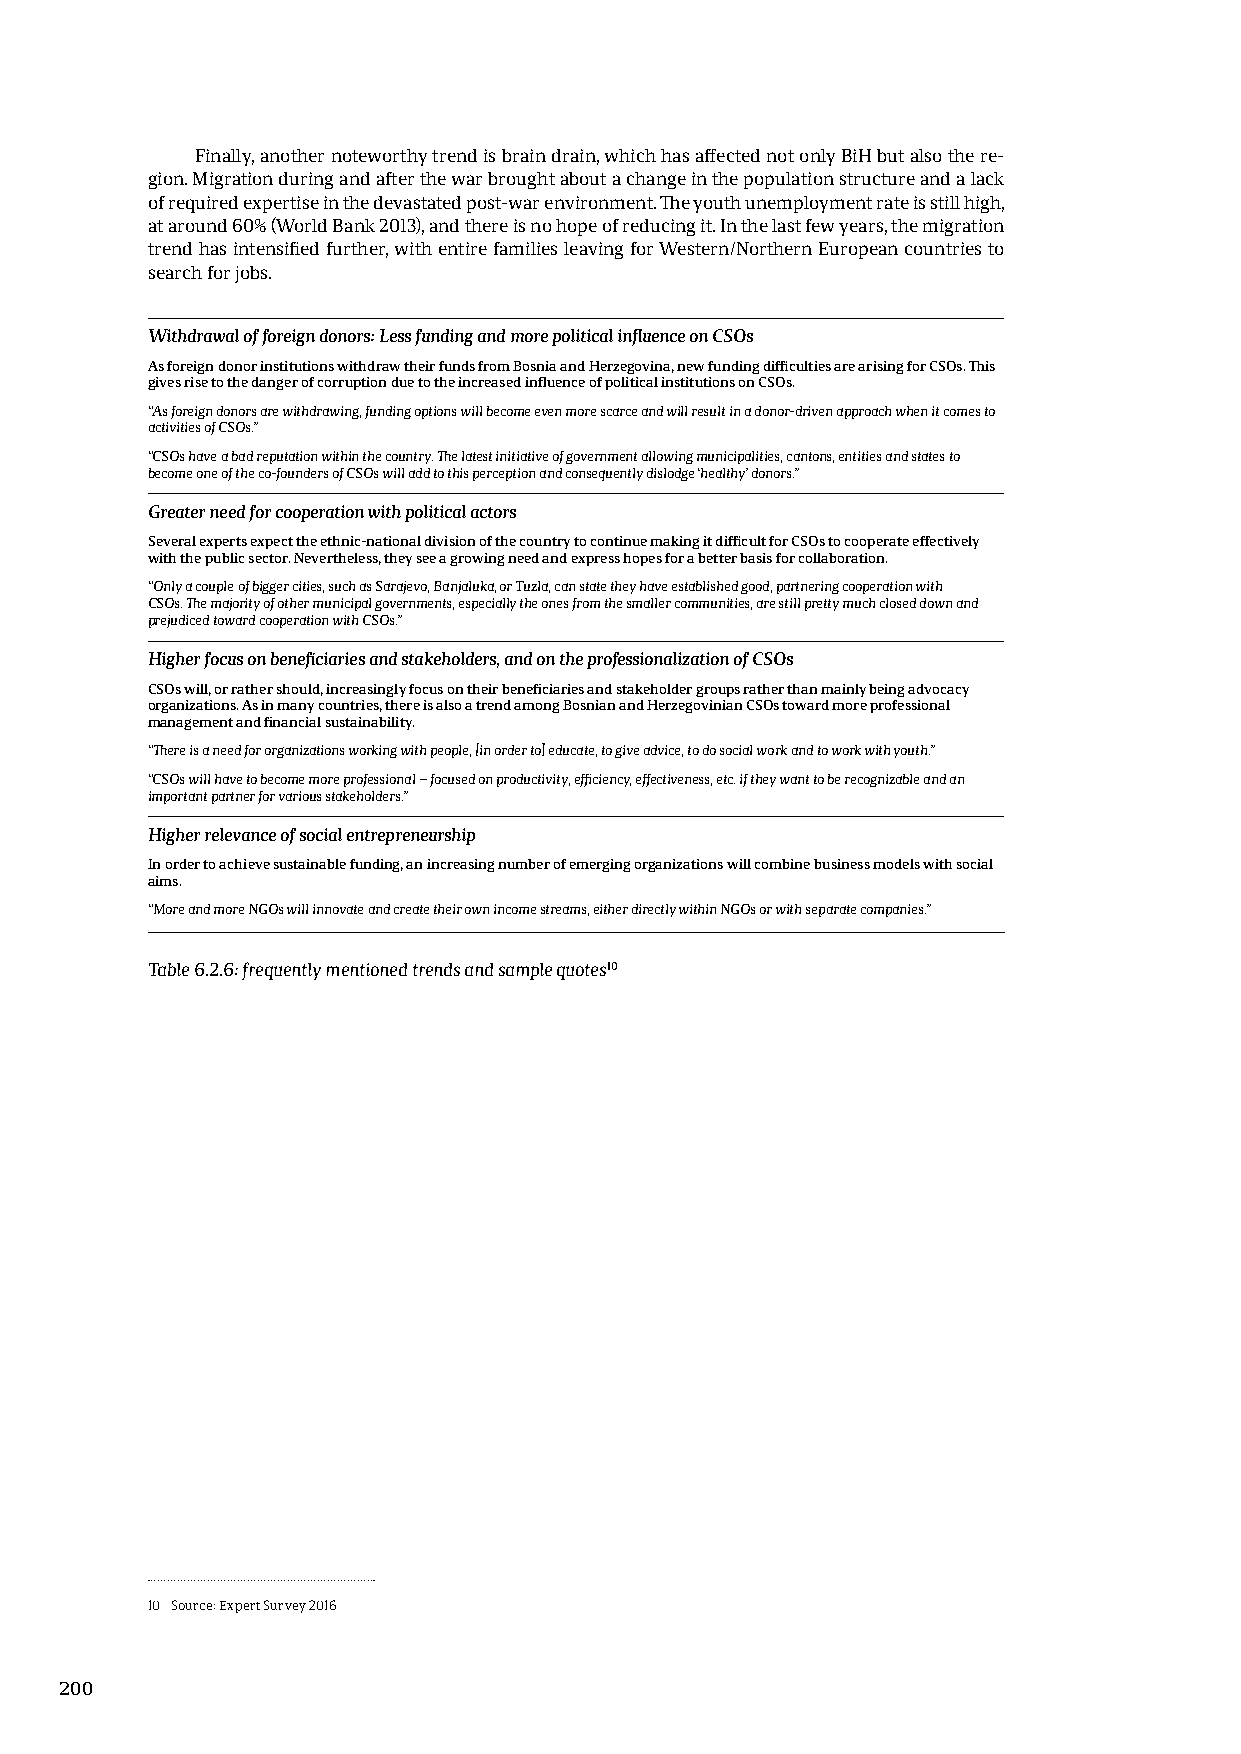
Finally, another noteworthy trend is brain drain, which has affected not only BiH but also the re-
 gion. Migration during and after the war brought about a change in the population structure and a lack
 of required expertise in the devastated post-war environment. The youth unemployment rate is still high,
 at around 60% (World Bank 2013), and there is no hope of reducing it. In the last few years, the migration
 trend has intensified further, with entire families leaving for Western/Northern European countries to
 search for jobs.
 Withdrawal of foreign donors: Less funding and more political influence on CSOs
 As foreign donor institutions withdraw their funds from Bosnia and Herzegovina, new funding difficulties are arising for CSOs. This
 gives rise to the danger of corruption due to the increased influence of political institutions on CSOs.
 “As foreign donors are withdrawing, funding options will become even more scarce and will result in a donor-driven approach when it comes to
 activities of CSOs.”
 “CSOs have a bad reputation within the country. The latest initiative of government allowing municipalities, cantons, entities and states to
 become one of the co-founders of CSOs will add to this perception and consequently dislodge ‘healthy’ donors.”
 Greater need for cooperation with political actors
 Several experts expect the ethnic-national division of the country to continue making it difficult for CSOs to cooperate effectively
 with the public sector. Nevertheless, they see a growing need and express hopes for a better basis for collaboration.
 “Only a couple of bigger cities, such as Sarajevo, Banjaluka, or Tuzla, can state they have established good, partnering cooperation with
 CSOs. The majority of other municipal governments, especially the ones from the smaller communities, are still pretty much closed down and
 prejudiced toward cooperation with CSOs.”
 Higher focus on beneficiaries and stakeholders, and on the professionalization of CSOs
 CSOs will, or rather should, increasingly focus on their beneficiaries and stakeholder groups rather than mainly being advocacy
 organizations. As in many countries, there is also a trend among Bosnian and Herzegovinian CSOs toward more professional
 management and financial sustainability.
 “There is a need for organizations working with people, [in order to] educate, to give advice, to do social work and to work with youth.”
 “CSOs will have to become more professional – focused on productivity, efficiency, effectiveness, etc. if they want to be recognizable and an
 important partner for various stakeholders.”
 Higher relevance of social entrepreneurship
 In order to achieve sustainable funding, an increasing number of emerging organizations will combine business models with social
 aims.
 “More and more NGOs will innovate and create their own income streams, either directly within NGOs or with separate companies.”
 Table 6.2.6: frequently mentioned trends and sample quotes10
 10 Source: Expert Survey 2016
 200